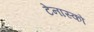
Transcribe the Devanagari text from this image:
टेनास्को